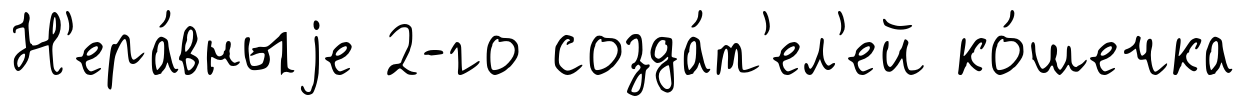
Н'ера́вныjе 2-го созда́т'ел'ей ко́шечка